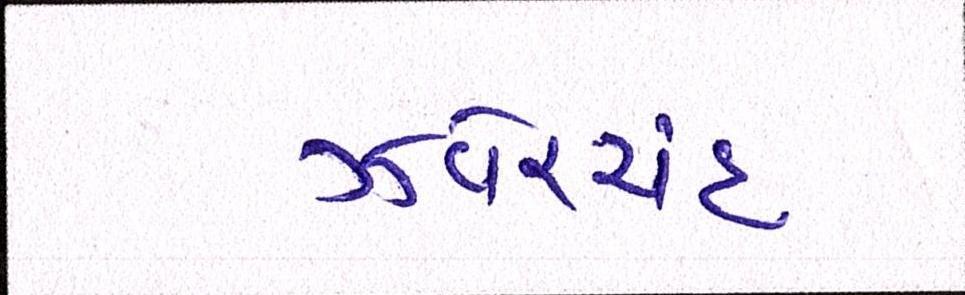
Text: ઝવેરચંદ